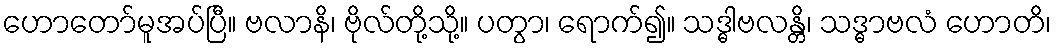
ဟောတော်မူအပ်ပြီ။ ဗလာနိ၊ ဗိုလ်တို့သို့။ ပတွာ၊ ရောက်၍။ သဒ္ဓါဗလန္တိ၊ သဒ္ဓာဗလံ ဟောတိ၊